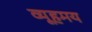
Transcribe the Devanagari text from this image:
व्यूहमय